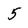
Character: 5